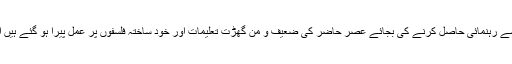
کہیں ایسا تو نہیں کہ جانے انجانے میں ہم قرآن و سنت سے رہنمائی حاصل کرنے کی بجائے عصرِ حاضر کی ضعیف و من گھڑت تعلیمات اور خود ساختہ فلسفوں پر عمل پیرا ہو گئے ہیں اور دین اسلام پر فرقہ واریت کو ترجیح دے بیٹھے ہیں ؟